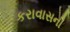
કરાવાસની